system: You are a helpful assistant.
user:
Analyze the provided spectrum to determine if it is a **S-type Star**.

- **Key Indicators for S-type Star:**

    - **(Overall Spectrum Shape):** The first and most obvious characteristic is the overall continuum (the "baseline" shape). It is **extremely "red-sloping,"** meaning the flux (light intensity) is very low on the left side (blue, ~4000-4500 Å) and rises steeply and continuously toward the right side (red, ~7000 Å+).

    - **(Primary):** The spectrum is defined by the presence of strong, broad molecular absorption "valleys" (bands) from **Zirconium Oxide (ZrO)**. The identification of these bands is the **primary requirement** for classifying a star as S-type.
        - **(Key Bandheads):** You must find distinct, deep "dips" where the light has been absorbed. The most critical band systems to locate are:
            - **~6474 Å** ($\gamma$-system): This is often the strongest and clearest ZrO feature, found in the red part of the spectrum.
            - **~5718 Å** & **~5551 Å** ($\beta$-system): A pair of prominent absorption features in the yellow-orange part of the spectrum.
            - **~4640 Å** ($\alpha$-system): A key absorption band system in the blue-green region of the spectrum.

    - **(Secondary Confirmation):** The classification is strengthened by finding additional absorption bands from other related heavy element oxides, which are expected to be present alongside ZrO.
        - **(Key Bandheads):**
            - **Yttrium Oxide (YO):** Look for absorption dips near **~4800 Å** and **~6100 Å**.
            - **Lanthanum Oxide (LaO):** Additional absorption features, particularly in the red-orange part of the spectrum, are also characteristic.

    - **(Line Profile):** The combination of the steep red continuum and these numerous, deep molecular bands (ZrO, YO, etc.) gives the entire spectrum a very **"chopped-up"** or **"bumpy"** appearance. Instead of a smooth curve, the spectrum looks as though large, wide chunks of light have been "carved out" of it at the specific wavelengths listed above.

Think first, call **spectral_visualization_tool** if needed to examine features in detail, then provide your final answer. Your response must adhere to the following strict rules:
1.  **Overall Structure:** Your response must follow the format `<think>...</think> <tool_call>...</tool_call> (if a tool is used) <answer>...</answer>`.
2.  **Tool Usage Constraint:** You may only make **one** tool call per turn.
3.  **Final Answer Format:** In the `<answer>` tag, your conclusion must be inside a `\boxed{}` command (e.g., `\boxed{YES}` or `\boxed{NO}`), followed by your justification.

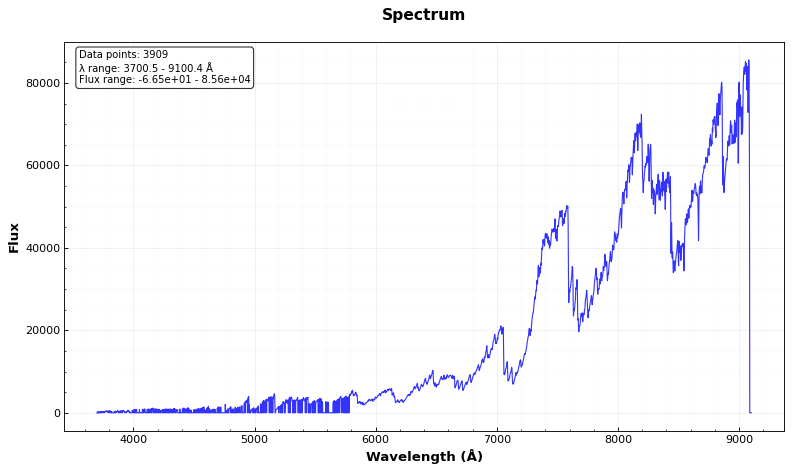
Answer: YES